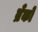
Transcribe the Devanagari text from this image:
ब्रँको